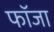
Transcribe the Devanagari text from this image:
फॉजा